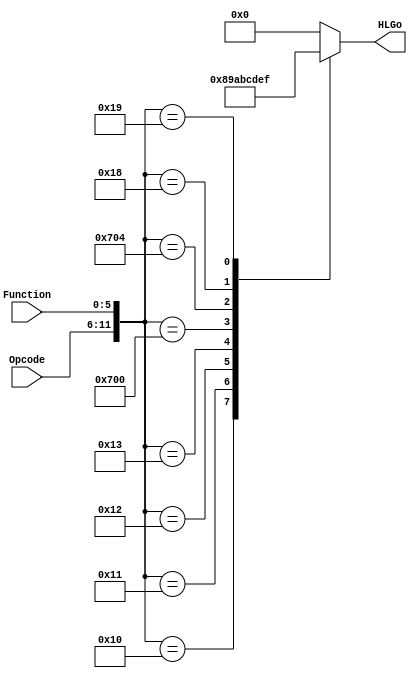
`timescale 1ns / 1ps
//////////////////////////////////////////////////////////////////////////////////
// Company: 
// Engineer: 
// 
// Design Name: 
// Module Name: HLDetect
// Project Name: 
// Target Devices: 
// Tool Versions: 
// Description: 
// 
// Dependencies: 
// 
// Revision:
// Revision 0.01 - File Created
// Additional Comments:
// 
//////////////////////////////////////////////////////////////////////////////////


module HLDetect(Opcode, Function, HLGo);

    input [5:0] Opcode, Function;
    output reg [3:0] HLGo;
    
    wire [11:0] ID;
    assign ID = {Opcode, Function};
    
    initial 
    begin
        HLGo <= 4'b0000;
    end
    
    always @(ID) 
    begin
        case (ID)
            12'b000000010000: 
            begin //mfhi
                HLGo <= 4'b1000;
            end
            12'b000000010001: 
            begin //mthi
                HLGo <= 4'b1001;
            end
            12'b000000010010: 
            begin //mflo
                HLGo <= 4'b1010;
            end
            12'b000000010011: 
            begin //mtlo
                HLGo <= 4'b1011;
            end
            12'b011100000000: 
            begin //madd
                HLGo <= 4'b1100;
            end
            12'b011100000100: 
            begin //msub
                HLGo <= 4'b1101;
            end
            12'b000000011000: 
            begin //mult
                HLGo <= 4'b1110;
            end
            12'b000000011001: 
            begin //multu
                HLGo <= 4'b1111;
            end
            default : 
            begin
                HLGo <= 4'b0000;    //unused
            end
        endcase
    end

endmodule